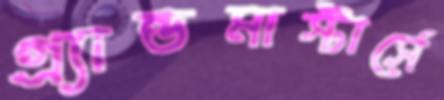
গ্র্যান্ডমাস্টার্সে